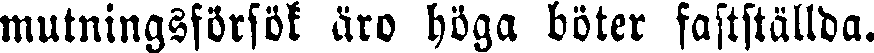
mutningsförsök äro höga böter fastställda.